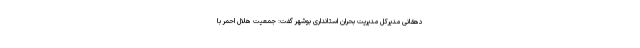
دهقانی مدیرکل مدیریت بحران استانداری بوشهر گفت: جمعیت هلال احمر با